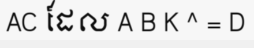
AC ដែល A B K ^ = D